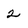
Character: 2